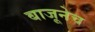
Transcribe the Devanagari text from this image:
बाजूनेच